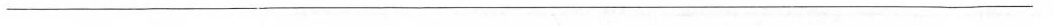
___